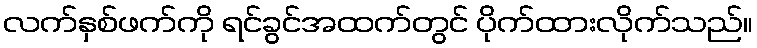
လက်နှစ်ဖက်ကို ရင်ခွင်အထက်တွင် ပိုက်ထားလိုက်သည်။